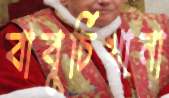
বাবুর্চিখানা